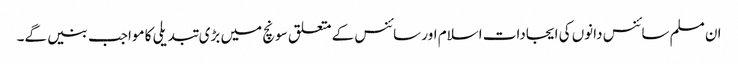
ان مسلم سائنس دانوں کی ایجادات اسلام اور سائنس کے متعلق سونچ میں بڑی تبدیلی کا مواجب بنیں گے۔